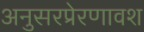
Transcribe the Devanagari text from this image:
अनुसरप्रेरणावश